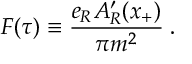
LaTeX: F ( \tau ) \equiv { \frac { e _ { R } A _ { R } ^ { \prime } ( x _ { + } ) } { \pi m ^ { 2 } } } \; .